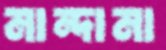
নান্দানা